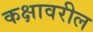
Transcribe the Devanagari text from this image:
कक्षावरील